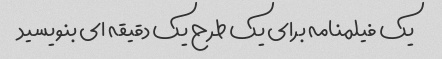
یک فیلمنامه برای یک طرح یک دقیقه ای بنویسید